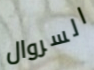
السروال